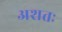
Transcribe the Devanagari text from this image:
अशतः